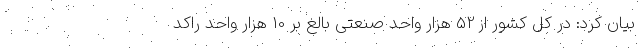
بیان کرد: در کل کشور از 52 هزار واحد صنعتی بالغ بر 10 هزار واحد راکد